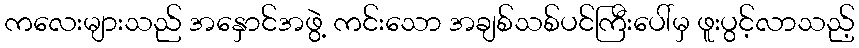
ကလေးများသည် အနှောင်အဖွဲ့ ကင်းသော အချစ်သစ်ပင်ကြီးပေါ်မှ ဖူးပွင့်လာသည့်